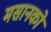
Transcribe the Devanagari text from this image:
मसानको